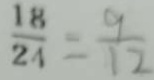
\frac { 1 8 } { 2 4 } = \frac { 9 } { 1 2 }